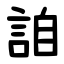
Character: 詯